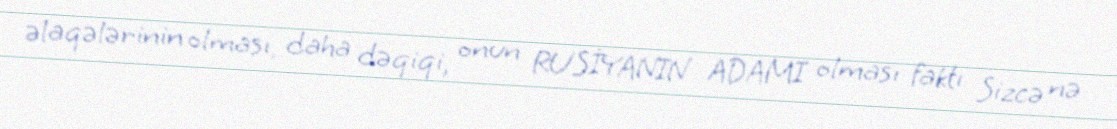
əlaqələrinin olması, daha dəqiqi, onun RUSİYANIN ADAMI olması faktı Sizcə nə